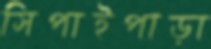
সিপাইপাড়া